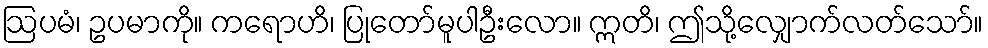
ဩပမံ၊ ဥပမာကို။ ကရောဟိ၊ ပြုတော်မူပါဦးလော။ ဣတိ၊ ဤသို့လျှောက်လတ်သော်။